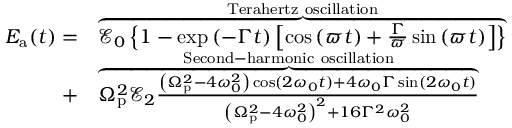
\begin{array} { r l } { E _ { \mathrm { a } } ( t ) = } & { \overbrace { \mathscr { E } _ { 0 } \left\{ 1 - \exp { \left( - \Gamma t \right) } \left[ \cos \left( \varpi t \right) + \frac { \Gamma } { \varpi } \sin \left( \varpi t \right) \right] \right\} } ^ { \mathrm { T e r a h e r t z ~ o s c i l l a t i o n } } } \\ { + } & { \overbrace { \Omega _ { \mathrm { p } } ^ { 2 } \mathscr { E } _ { 2 } \frac { \left( \Omega _ { \mathrm { p } } ^ { 2 } - 4 \omega _ { 0 } ^ { 2 } \right) \cos ( 2 \omega _ { 0 } t ) + 4 \omega _ { 0 } \Gamma \sin ( 2 \omega _ { 0 } t ) } { \left( \Omega _ { \mathrm { p } } ^ { 2 } - 4 \omega _ { 0 } ^ { 2 } \right) ^ { 2 } + 1 6 \Gamma ^ { 2 } \omega _ { 0 } ^ { 2 } } } ^ { \mathrm { S e c o n d - h a r m o n i c ~ o s c i l l a t i o n } } } \end{array}